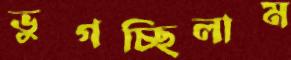
ভুগচ্ছিলাম